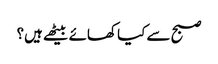
صبح سے کیا کھائے بیٹھے ہیں؟